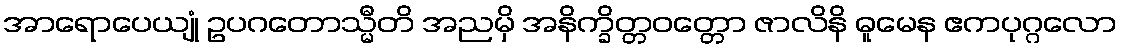
အာရောပေယျုံ ဥပဂတောသ္မီတိ အညမှိ အနိက္ခိတ္တဝတ္တော ဇာလိနိ ဓူမေန ဧကပုဂ္ဂလော